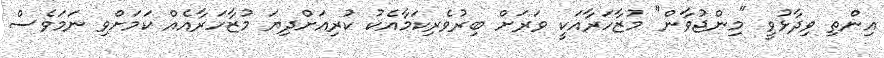
އިންތި ވިދާޅުވީ "މިންޖުވާން" މުޒާހަރާއަކީ ވަރަށް ބިރުވެރިކަމާއެކު ކުރިއަށްދިޔަ މުޒާހަރާއެއް ކަމަށްވި ނަމަވެސް